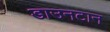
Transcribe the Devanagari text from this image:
डाउनटान